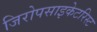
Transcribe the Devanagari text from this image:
जिरोपसाइकेटरिस्ट